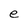
Character: e